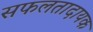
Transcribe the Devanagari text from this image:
सफलतादायक